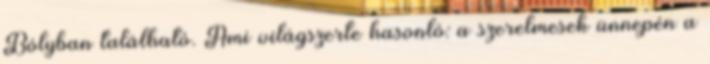
Bólyban található. Ami világszerte hasonló: a szerelmesek ünnepén a